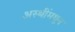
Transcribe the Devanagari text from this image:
अस्थींमधून